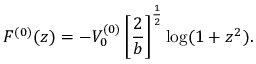
F ^ { ( 0 ) } ( z ) = - V _ { 0 } ^ { ( 0 ) } \left[ \frac { 2 } { b } \right] ^ { \frac { 1 } { 2 } } \log ( 1 + z ^ { 2 } ) .